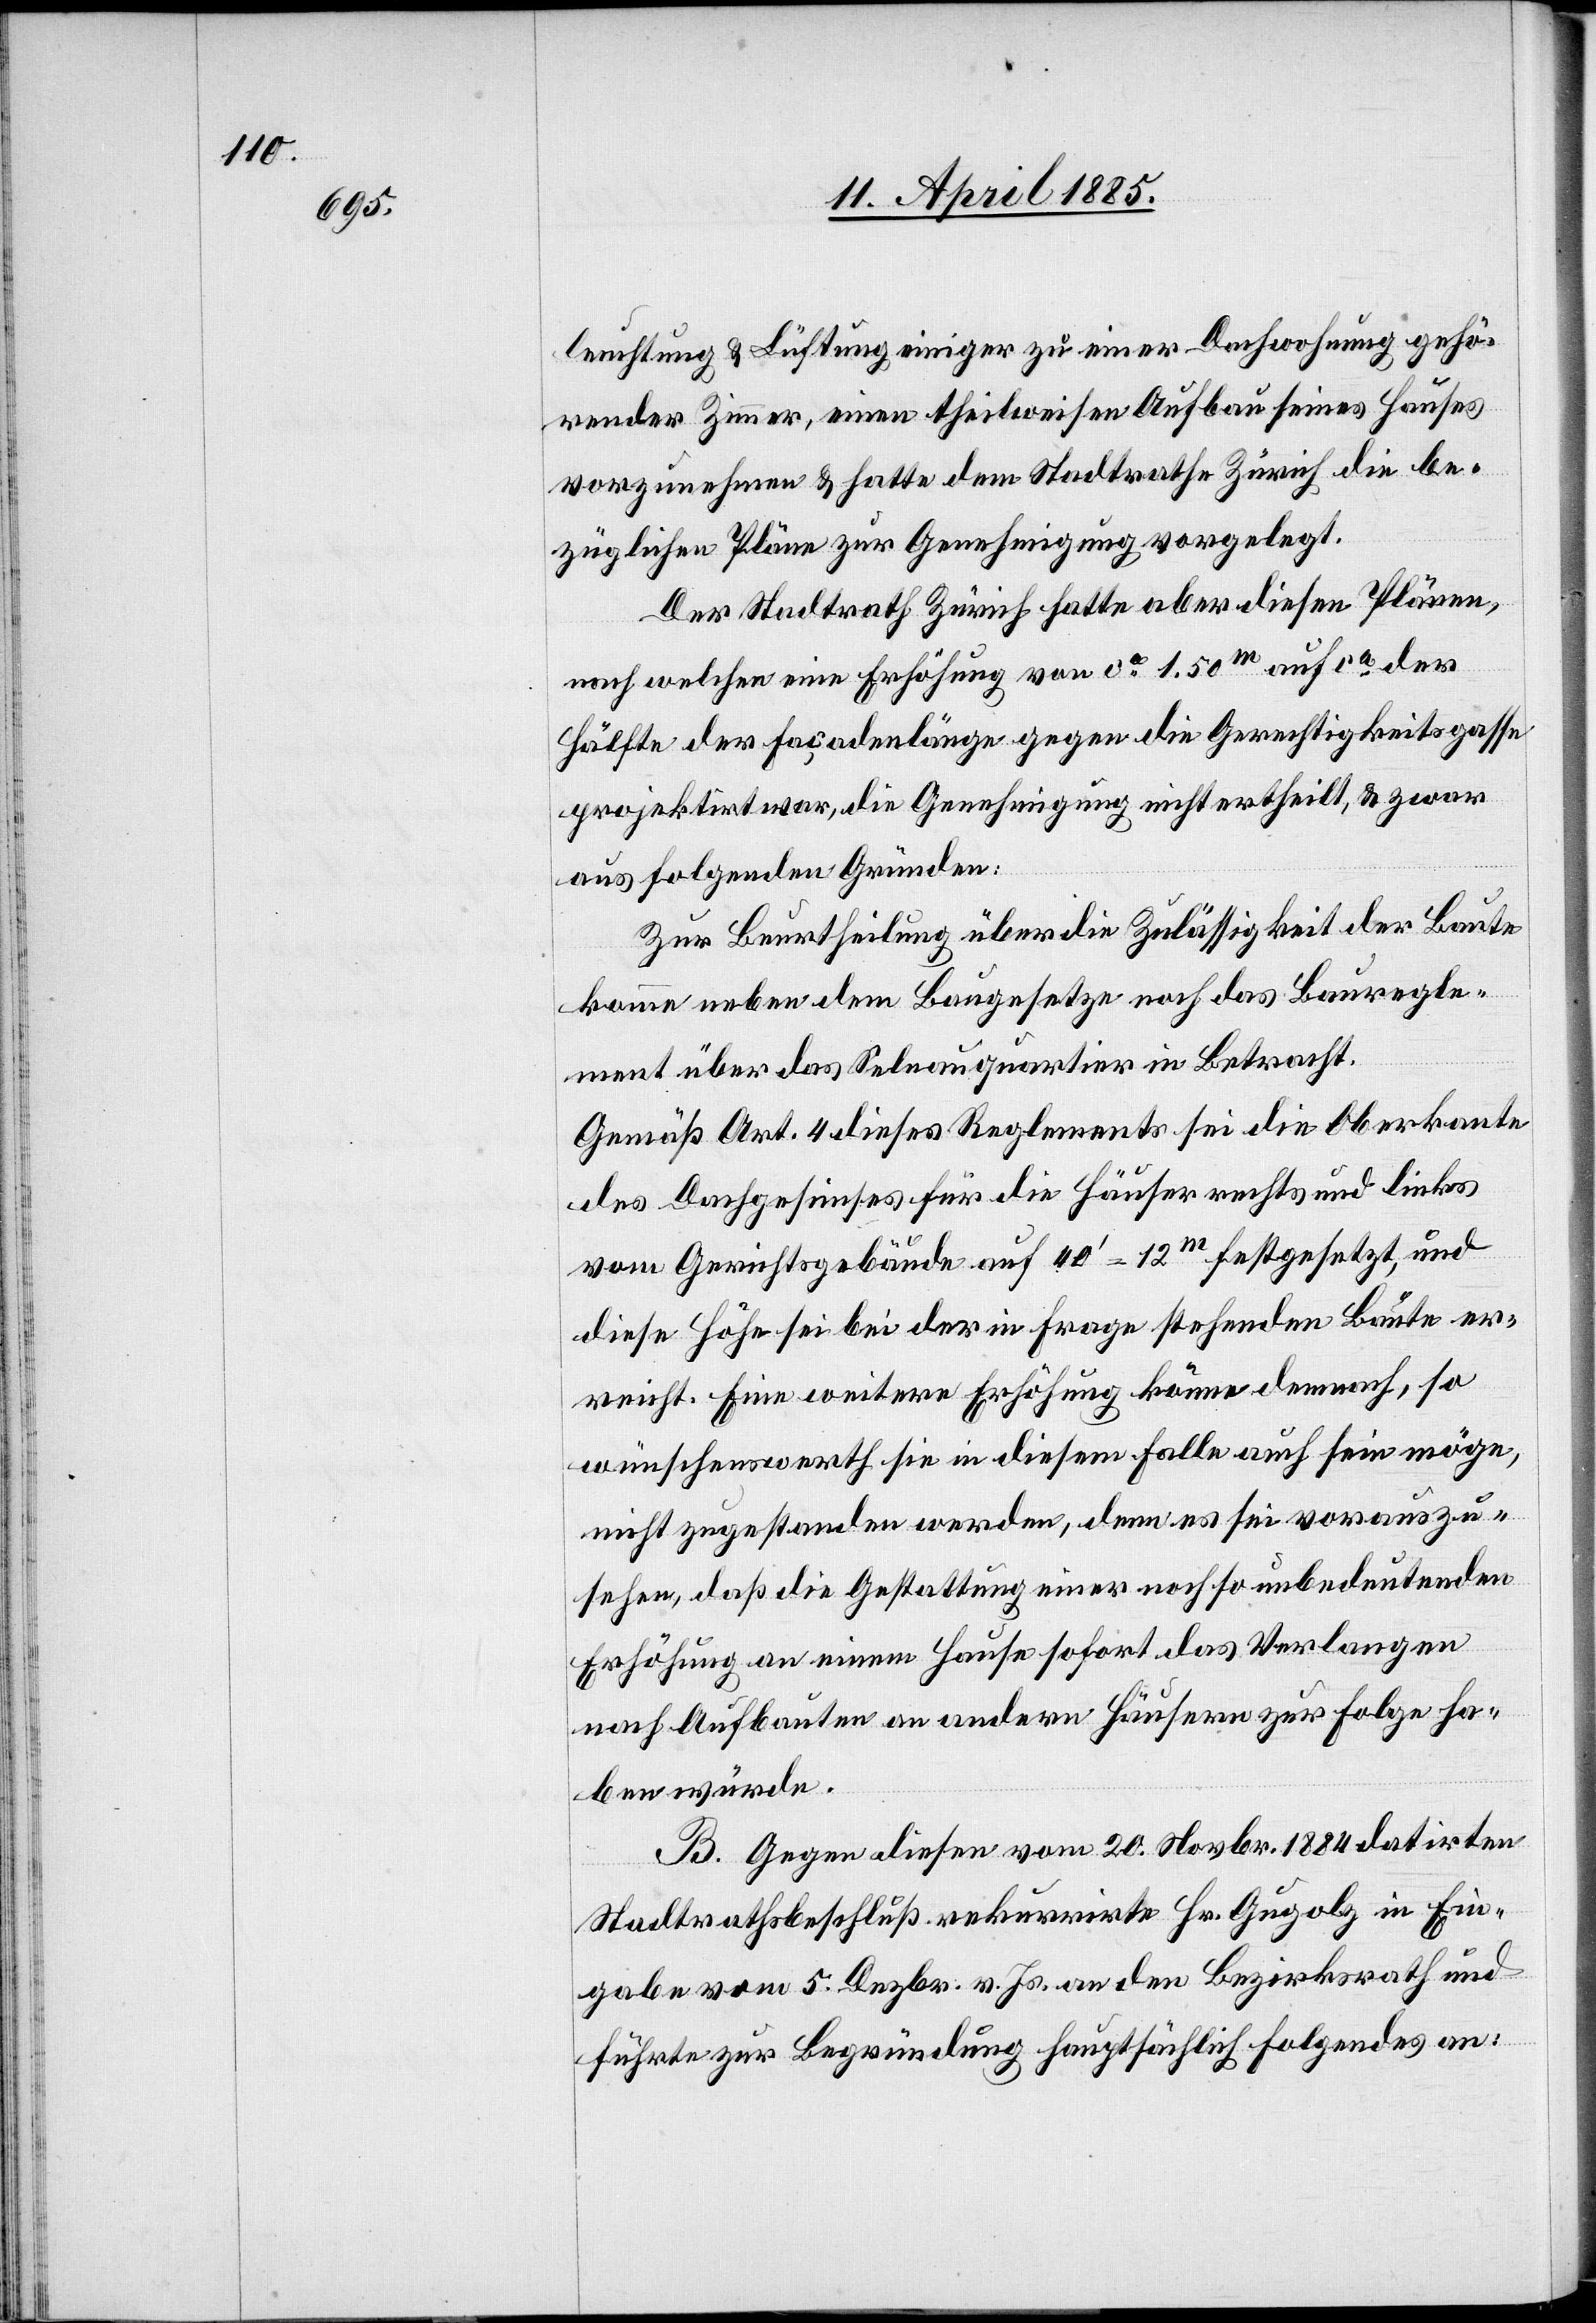
leuchtung & Lüftung einiger zu einer Dachwohnung gehö¬
render Zimmer, einen theilweisen Aufbau seines Hauses
vorzunehmen & hatte dem Stadtrathe Zürich die be¬
züglichen Pläne zur Genehmigung vorgelegt.
Der Stadtrath Zürich hatte aber diesen Plänen,
nach welchen eine Erhöhung von ca 1.50 m auf ca der
Hälfte der Façadenlänge gegen die Gerechtigkeitsgasse
projektirt war, die Genehmigung nicht ertheilt, & zwar
aus folgenden Gründen:
Zur Beurtheilung über die Zulässigkeit der Baute
komme neben dem Baugesetz noch das Bauregle¬
ment über das Selnauquartier in Betracht.
Gemäß Art. 4 dieses Reglements sei die Oberkante
des Dachgesimses für die Häuser rechts und links
vom Gerichtsgebäude auf 40’–12 m festgesetzt, und
diese Höhe sei bei der in Frage stehenden Baute er¬
reicht. Eine weitere Erhöhung könne dennoch, so
wünschenswerth sie in diesem Falle auch sein möge,
nicht zugestanden werden, denn es sei vorauszu¬
sehen, daß die Gestattung einer noch so unbedeutenden
Erhöhung an einem Hause sofort das Verlangen
nach Aufbauten an andern Häusern zur Folge ha¬
ben würde.
B. Gegen diesen vom 20. Novbr. 1884 datirten
Stadtrathsbeschluß rekurrirte Hr. Gugolz in Ein¬
gabe vom 5. Dezbr. v. Js. an den Bezirksrath und
führte zur Begründung hauptsächlich folgendes an: